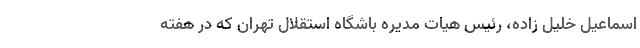
اسماعیل خلیل زاده، رئیس هیات مدیره باشگاه استقلال تهران که در هفته